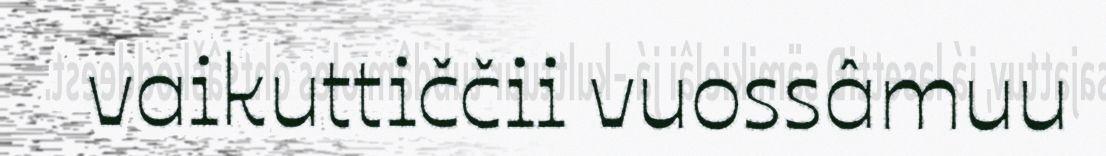
vaikuttiččii vuossâmuu